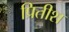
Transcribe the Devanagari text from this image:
प्रितीश